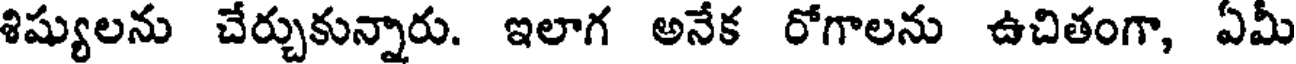
శిష్యులను చేర్చుకున్నారు. ఇలాగ అనేక రోగాలను ఉచితంగా, ఏమీ